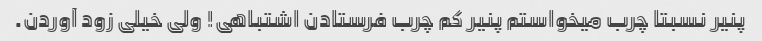
پنیر نسبتا چرب میخواستم پنیر کم چرب فرستادن اشتباهی! ولی خیلی زود آوردن.